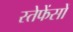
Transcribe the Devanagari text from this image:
स्तेफेंसों